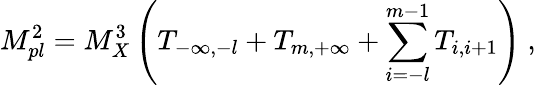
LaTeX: M_{pl}^{2}=M_{X}^{3}\left(T_{-\infty,-l}+T_{m,+\infty}+\sum_{i=-l}^{m-1}T_{i,i+1}\right)~,~\,